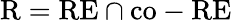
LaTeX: {\mathrm{R}}={\mathrm{RE}}\cap{\mathrm{co-RE}}